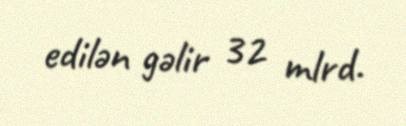
edilən gəlir 32 mlrd.